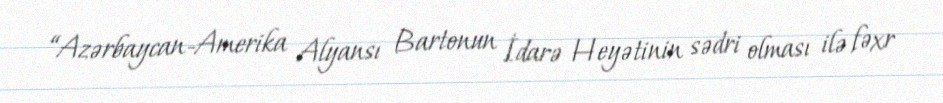
“Azərbaycan-Amerika Alyansı Bartonun İdarə Heyətinin sədri olması ilə fəxr